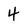
Character: 4